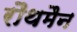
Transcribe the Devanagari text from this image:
रौथमैन